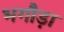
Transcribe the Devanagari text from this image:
भगौड़ा